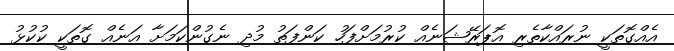
އެއްގޮތަކީ ނުރައްކާތެރި އޮޕަރޭޝަނެއް ކުރުމަށްފަހު ކަންފަތު މުދި ނެގުންކަމަށާ އަނެއް ގޮތަކީ ކުކުޅު